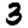
Digit: 3